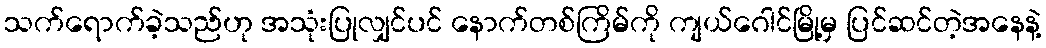
သက်ရောက်ခဲ့သည်ဟု အသုံးပြုလျှင်ပင် နောက်တစ်ကြိမ်ကို ကျယ်ဂေါင်မြို့မှ ပြင်ဆင်တဲ့အနေနဲ့